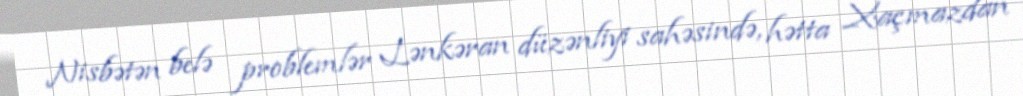
Nisbətən belə problemlər Lənkəran düzənliyi sahəsində, hətta Xaçmazdan